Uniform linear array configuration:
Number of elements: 4
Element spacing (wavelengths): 0.75
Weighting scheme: hamming
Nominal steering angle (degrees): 45
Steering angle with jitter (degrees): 43.022
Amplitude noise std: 0.05
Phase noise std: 0.05

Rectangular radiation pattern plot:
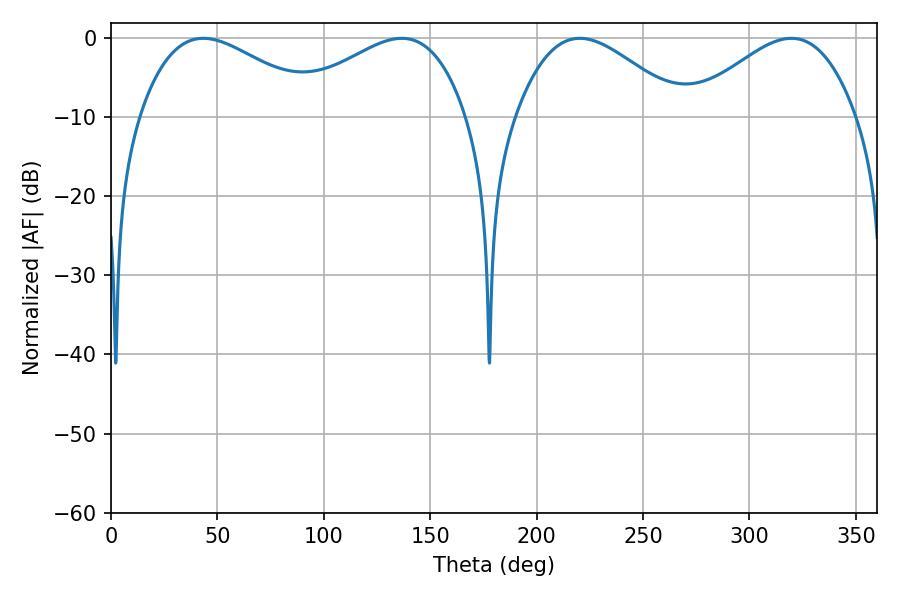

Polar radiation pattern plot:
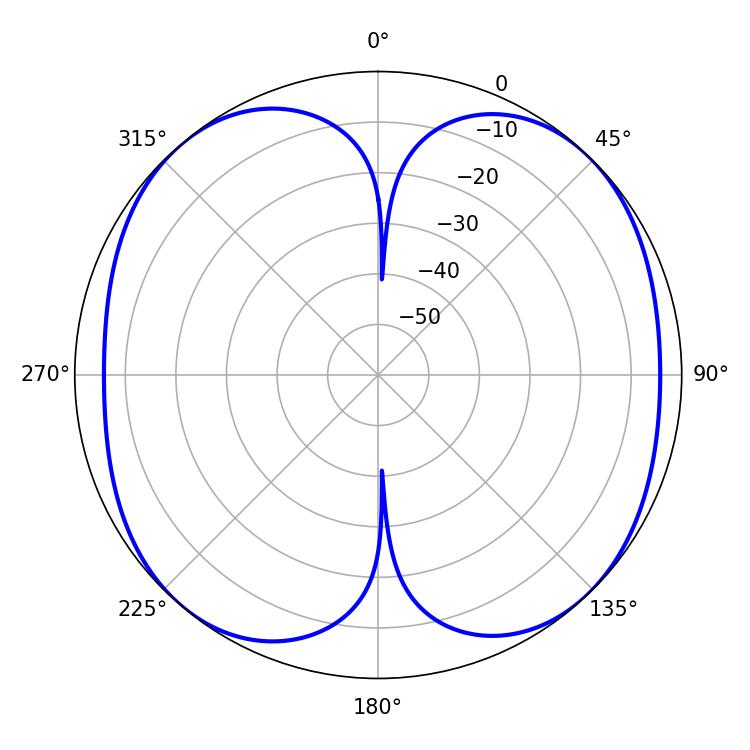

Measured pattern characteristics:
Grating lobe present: TRUE
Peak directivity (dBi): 12.458
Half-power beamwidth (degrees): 46.44
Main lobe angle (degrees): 43.38